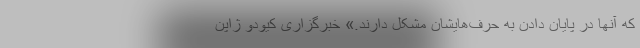
که آنها در پایان دادن به حرف‌هایشان مشکل دارند.» خبرگزاری کیودو ژاپن